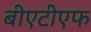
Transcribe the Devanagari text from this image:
बीएटीएफ